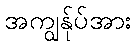
အကျွန်ုပ်အား